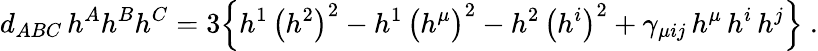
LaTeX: d_{ABC}\, h^{A}h^{B}h^{C}=3\Big\{ h^{1}\, \big(h^{2}\big)^{2}-h^{1}\, \big(h^{\mu}\big)^{2}-h^{2}\, \big(h^{i}\big)^{2}+\gamma_{\mu ij}\, h^{\mu}\, h^{i}\, h^{j}\Big\} \ .